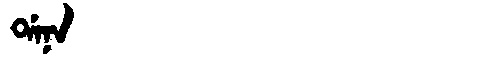
Manchu: ᡩᠠᠨᠠ
Romanization: DANA